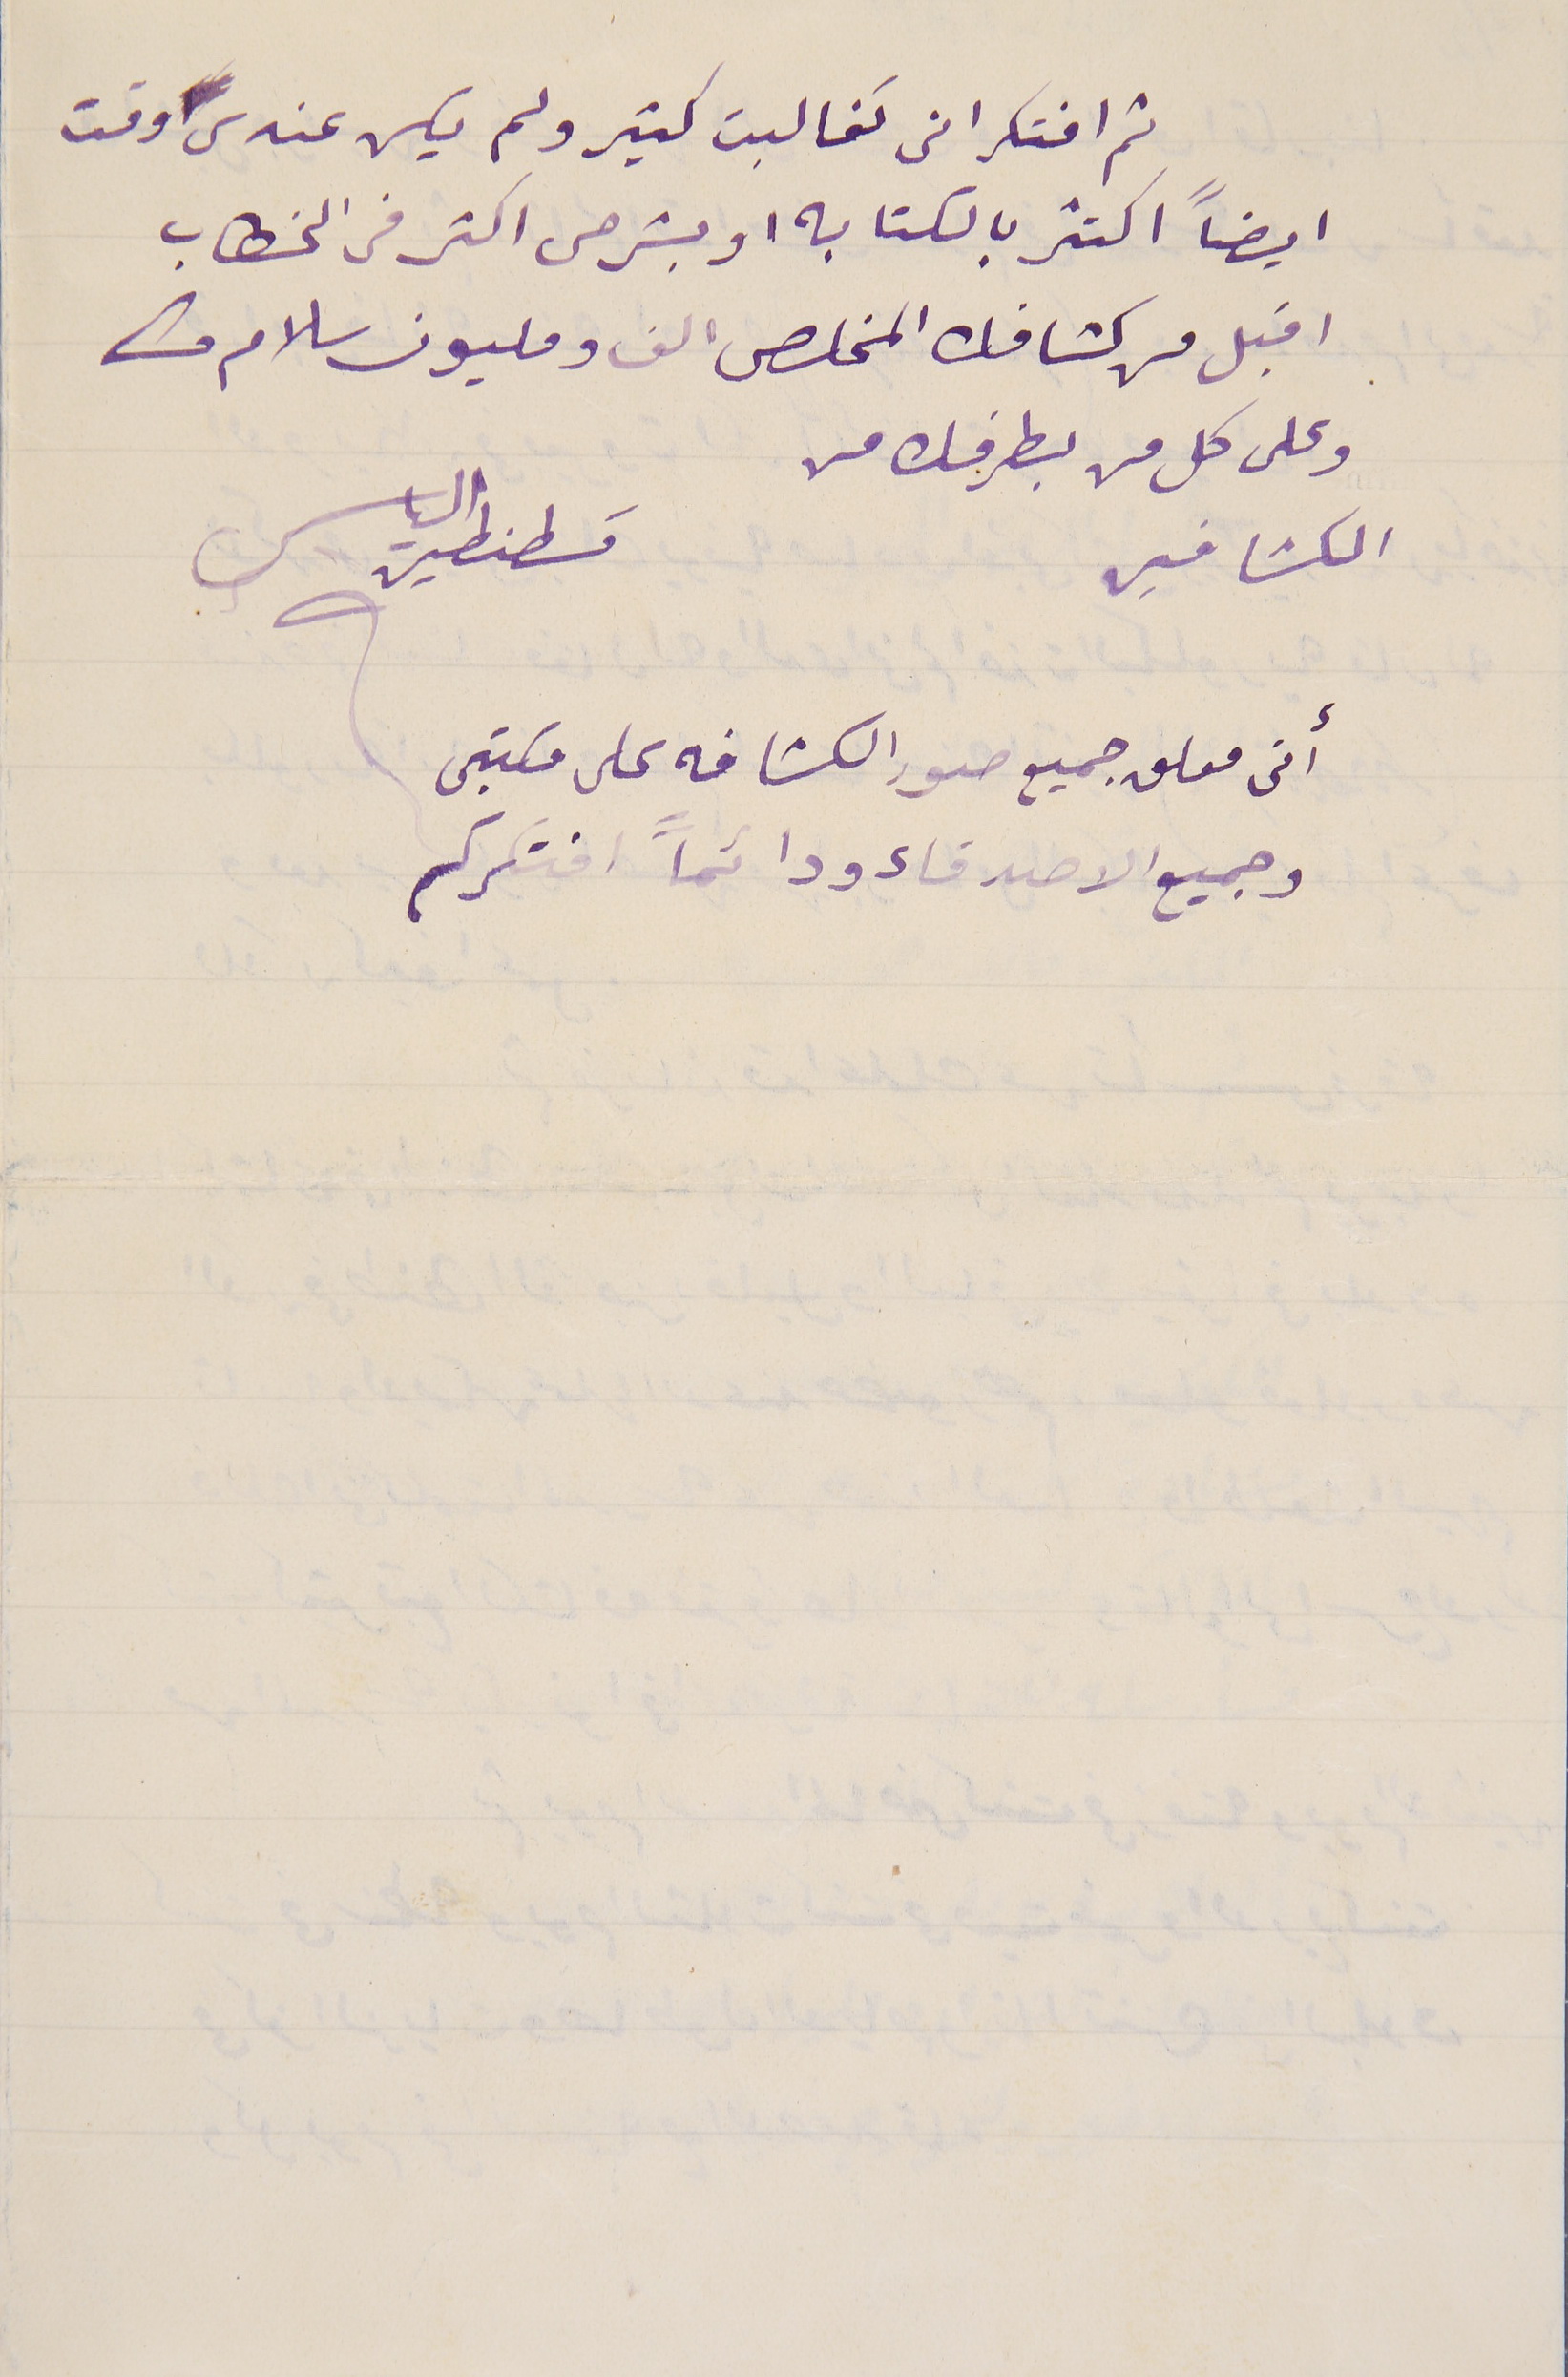
( ثم افتكر انى تغالبت كتير ولم يكن عندى وقت
ايضاً اكتثر بالكتابه او بشرحى اكثر فى الخطاب
 اقبل من كشافك المخلص الف ومليون سلام منى
وعلى كل من بطرفك مني
الكشافين
قسطنطين الياس
أنى معلق جميع صور الكشافه على مكتبى
وجميع الاصدقاء ودائماً افتكركم